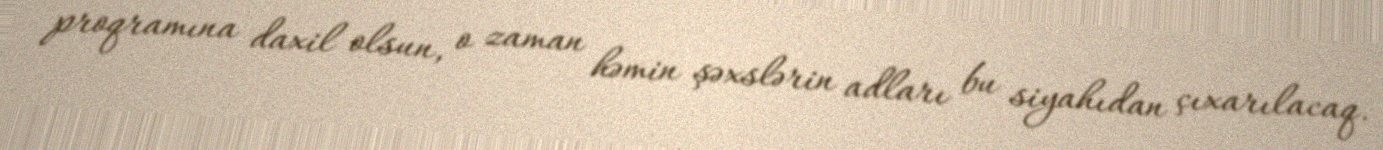
proqramına daxil olsun, o zaman həmin şəxslərin adları bu siyahıdan çıxarılacaq.